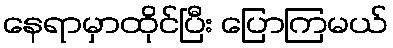
နေရာမှာထိုင်ပြီး ပြောကြမယ်